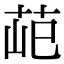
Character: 䒻